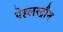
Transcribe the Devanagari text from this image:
ऐह्लस्ट्रौम